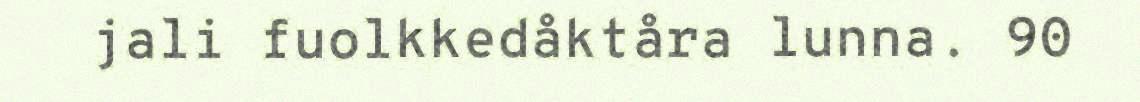
jali fuolkkedåktåra lunna. 90